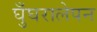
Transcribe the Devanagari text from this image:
घुँघरालेपन